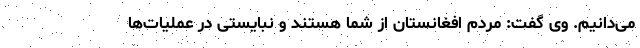
می‌دانیم. وی گفت: مردم افغانستان از شما هستند و نبایستی در عملیات‌ها